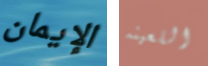
الإيمان اللعينه